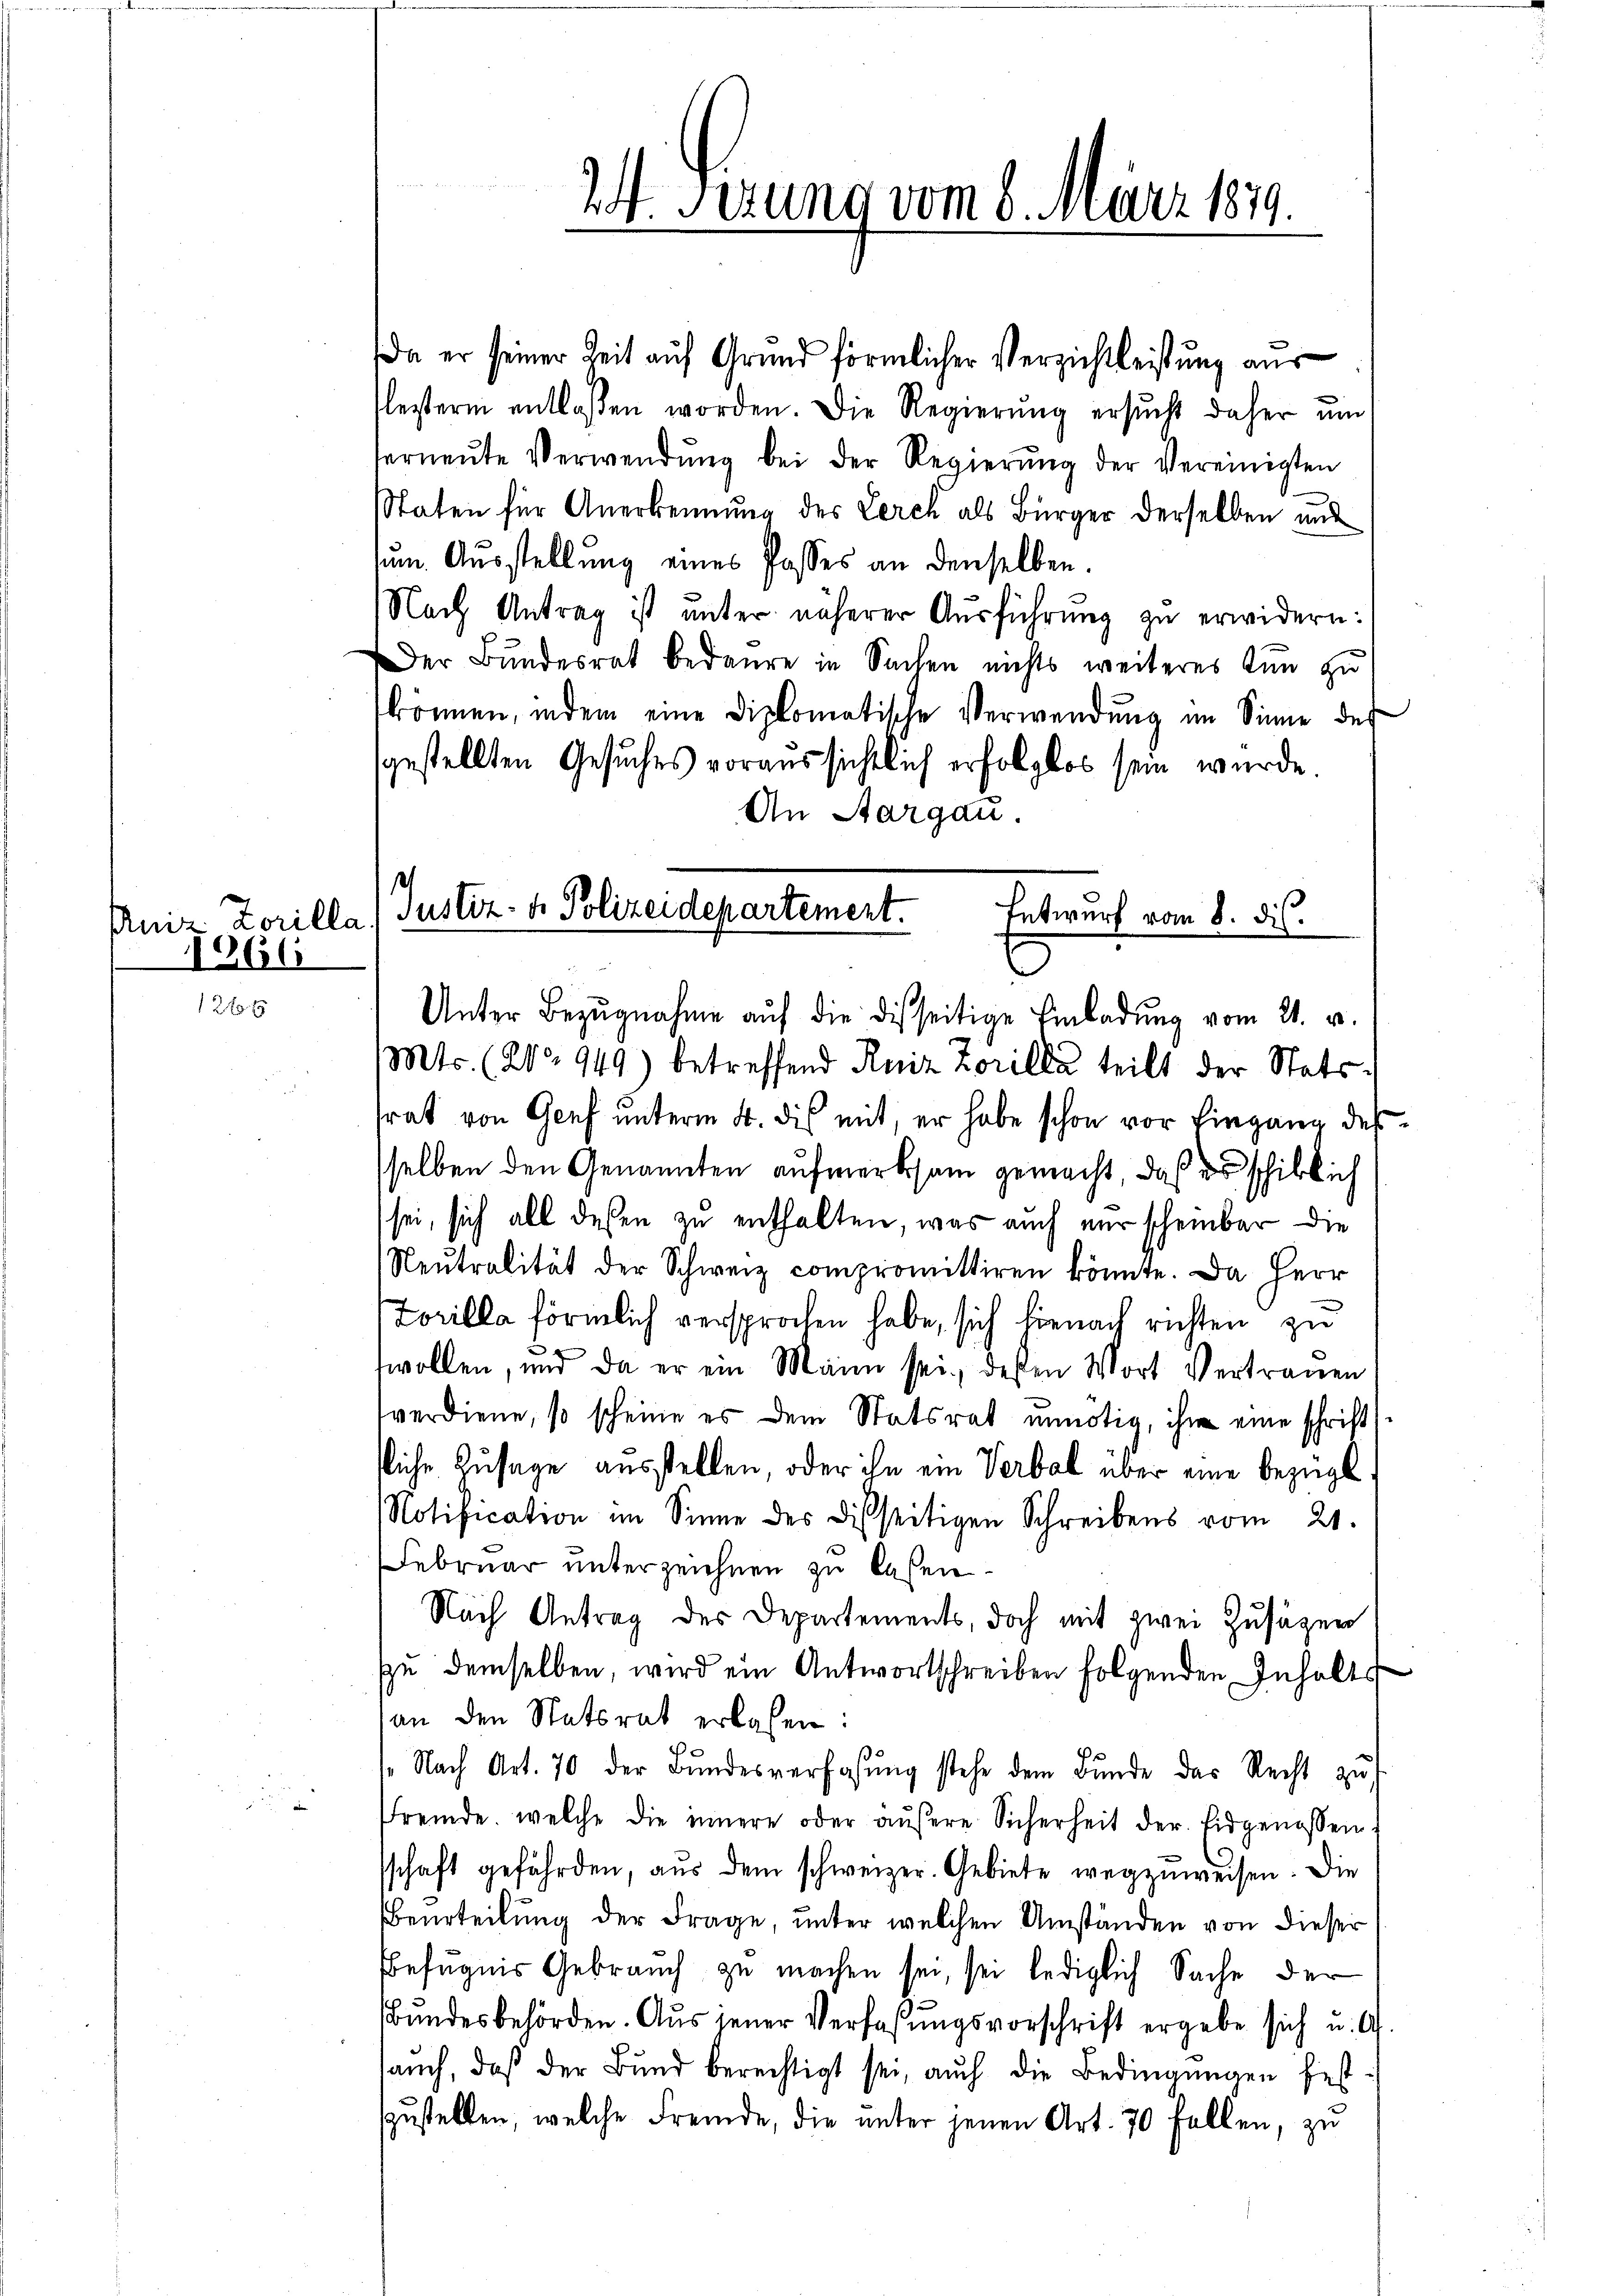
24 x

1266

Da er seiner Zeit auf Grund förmlicher Verzichtleistung aus
estern entlassen worden. Die Regierŭng ersŭcht daher ŭm
erneŭte Verwendŭng bei der Regierŭng der Vereinigten
Staten für Anerkennung des Lerch als Bürger derselben und
um Ausstellung eines Passes an denselben.
Nach Antrag ist unter näherer Ausführung zu erwidern:
Der Bundesrat bedaure in Sachen nichts weiteres tun zu
können, indem eine Diplomatische Verwendŭng im Sinne des
sgestellten Gesuches voraussichtlich erfolglos sein würde.
An Aargau.
s

24 Serung vom 6. März 1849.

Aniz Zorilla Justiz- & Polizeidepartement. Entwurf vom 8. ds.
Unter Bezŭgnahme aŭf die disseitige Einladŭng vom 21. v.

Mts. (2o 949) betreffend Reiz Zorilda teilt der Statstrat von Genf unterm 4. dis mit, er habe schon vor Eingang des
sselben den Genannten aufmerksam gemacht, daß es schiklich
sei, sich all deßen zu enthalten, was auch nur scheinbar die
Neŭtralität der Schweiz compromittiren könnte. Da Herr
Lorilla förmlich versprochen habe, sich hienach richten zu
wollen, und da er ein Mann sei, dessen Wort Vertrauen
verdiene, so scheine es dem Statsrat unnötig, ihm eine schrifttliche Zusage ausstellen, oder ihn ein Verbal über eine bezügl
Notification im Sinne des Disseitigen Schreibens vom 21.
Februar unterzeichnen zu laßen.
Nach Antrag des Departements, doch mit zwei Zusätzen
zu demselben, wird ein Antwortschreiben folgenden Inhalts
an den Ratsrat erlesen:
s. Nach Art. 70 der Bŭndesverfassŭng stehe dem Bŭnde das Recht zŭ
fremde, welche die innere oder äŭβere Sicherheit der Eidgenossen
sschaft gefährden, aus dem schweizer. Gebiete wegzuweisen. Die
Beurteilung der Frage, unter welchen Umständen von dieser
Befugnis Gebrauch zu machen sei, sei lediglich Sache der
Bundesbehörden. Aus jener Verfaßungsvorschrift ergebe sich u. A.
aŭch, daß der Bŭnd berechtigt sei, auch die Bedingŭngen fest
szustellen, welche Fremde, die unter jenen Art. 70 Fallen, zu